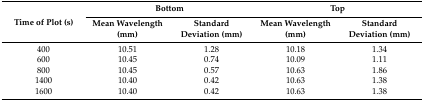
| <ROWSPAN=2> Time of Plot (s) | <COLSPAN=2> Bottom | <COLSPAN=2> Top |
 | Mean Wavelength (mm) | Standard Deviation (mm) | Mean Wavelength (mm) | Standard Deviation (mm) |
 | --- | --- | --- | --- | --- |
 | 400 | 10.51 | 1.28 | 10.18 | 1.34 |
 | 600 | 10.45 | 0.74 | 10.09 | 1.11 |
 | 800 | 10.45 | 0.57 | 10.63 | 1.86 |
 | 1400 | 10.40 | 0.42 | 10.63 | 1.38 |
 | 1600 | 10.40 | 0.42 | 10.63 | 1.38 |